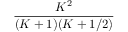
\frac { K ^ { 2 } } { ( K + 1 ) ( K + 1 / 2 ) }